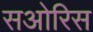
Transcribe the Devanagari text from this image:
सओरिस